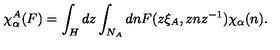
\chi _ { \alpha } ^ { A } ( F ) = \int _ { H } d z \int _ { N _ { A } } d n F ( z \xi _ { A } , z n z ^ { - 1 } ) \chi _ { \alpha } ( n ) .